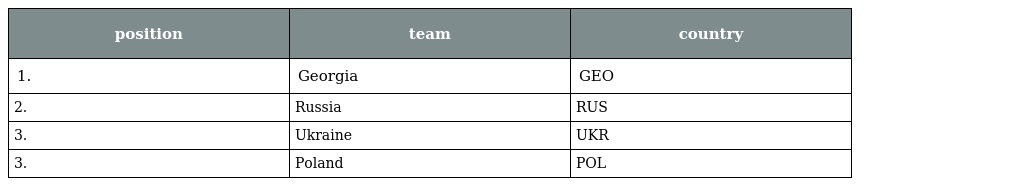
| position | team | country |
 | --- | --- | --- |
 | 1. | Georgia | GEO |
 | 2. | Russia | RUS |
 | 3. | Ukraine | UKR |
 | 3. | Poland | POL |